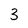
Character: 3